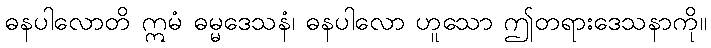
ဓနပါလောတိ ဣမံ ဓမ္မဒေသနံ၊ ဓနပါလော ဟူသော ဤတရားဒေသနာကို။